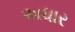
અધાર